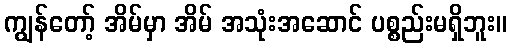
ကျွန်တော့် အိမ်မှာ အိမ် အသုံးအဆောင် ပစ္စည်းမရှိဘူး။